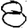
Digit: 8